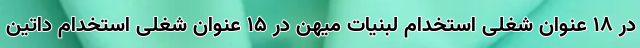
در 18 عنوان شغلی استخدام لبنیات میهن در 15 عنوان شغلی استخدام داتین